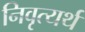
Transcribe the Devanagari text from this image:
निवृत्यर्थ